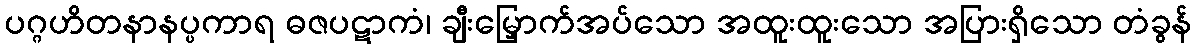
ပဂ္ဂဟိတနာနပ္ပကာရ ဓဇပဋာကံ၊ ချီးမြှောက်အပ်သော အထူးထူးသော အပြားရှိသော တံခွန်